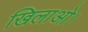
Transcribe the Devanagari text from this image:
खिलाओ।